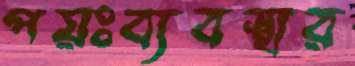
পয়ঃব্যবস্থার